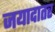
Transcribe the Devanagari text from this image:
जयादातर